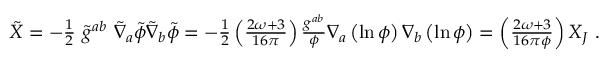
\begin{array} { r } { \tilde { X } = - \frac { 1 } { 2 } ~ \tilde { g } ^ { a b } ~ \tilde { \nabla } _ { a } \tilde { \phi } \tilde { \nabla } _ { b } \tilde { \phi } = - \frac { 1 } { 2 } \left( \frac { 2 \omega + 3 } { 1 6 \pi } \right) \frac { g ^ { a b } } { \phi } \nabla _ { a } \left( \ln { \phi } \right) \nabla _ { b } \left( \ln { \phi } \right) = \left( \frac { 2 \omega + 3 } { 1 6 \pi \phi } \right) X _ { J } ~ . } \end{array}